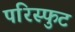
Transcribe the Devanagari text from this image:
परिस्फुट